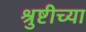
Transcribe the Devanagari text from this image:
श्रुष्टीच्या